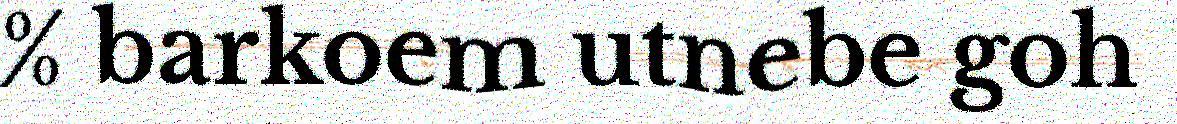
% barkoem utnebe goh